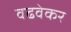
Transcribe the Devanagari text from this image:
वढवेकर